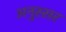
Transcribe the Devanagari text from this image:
अनुस्सर